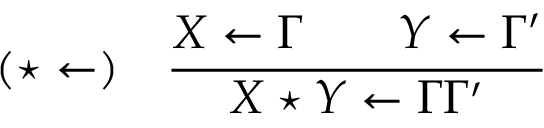
( \star \leftarrow ) \quad { \frac { X \leftarrow \Gamma \qquad Y \leftarrow \Gamma ^ { \prime } } { X \star Y \leftarrow \Gamma \Gamma ^ { \prime } } }